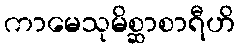
ကာမေသုမိစ္ဆာစာရီဟိ